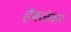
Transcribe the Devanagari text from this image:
हेबळेकर